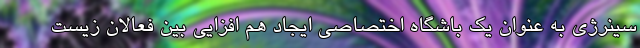
سینرژی به عنوان یک باشگاه اختصاصی ایجاد هم افزایی بین فعالان زیست